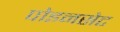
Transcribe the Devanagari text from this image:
पोइनसेट